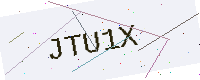
Text: JTU1X